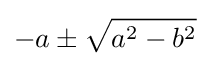
-a\pm {\sqrt {a^{2}-b^{2}}}